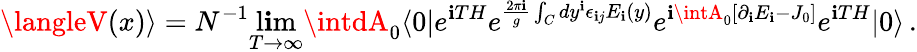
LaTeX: \langleV(x)\rangle=N^{-1}\operatorname*{l\mathbf{i}m}_{T\rightarrow\infty}\intdA_{0}\langle0|e^{\mathbf{i}TH}e^{{\frac{{2\pi\mathbf{i}}}{{g}}}\int_{C}dy^{\mathbf{i}}\epsilon_{\mathbf{i}j}E_{\mathbf{i}}(y)}e^{\mathbf{i}\intA_{0}[\partial_{\mathbf{i}}E_{\mathbf{i}}-J_{0}]}e^{\mathbf{i}TH}|0\rangle\, .